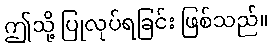
ဤသို့ ပြုလုပ်ရခြင်း ဖြစ်သည်။